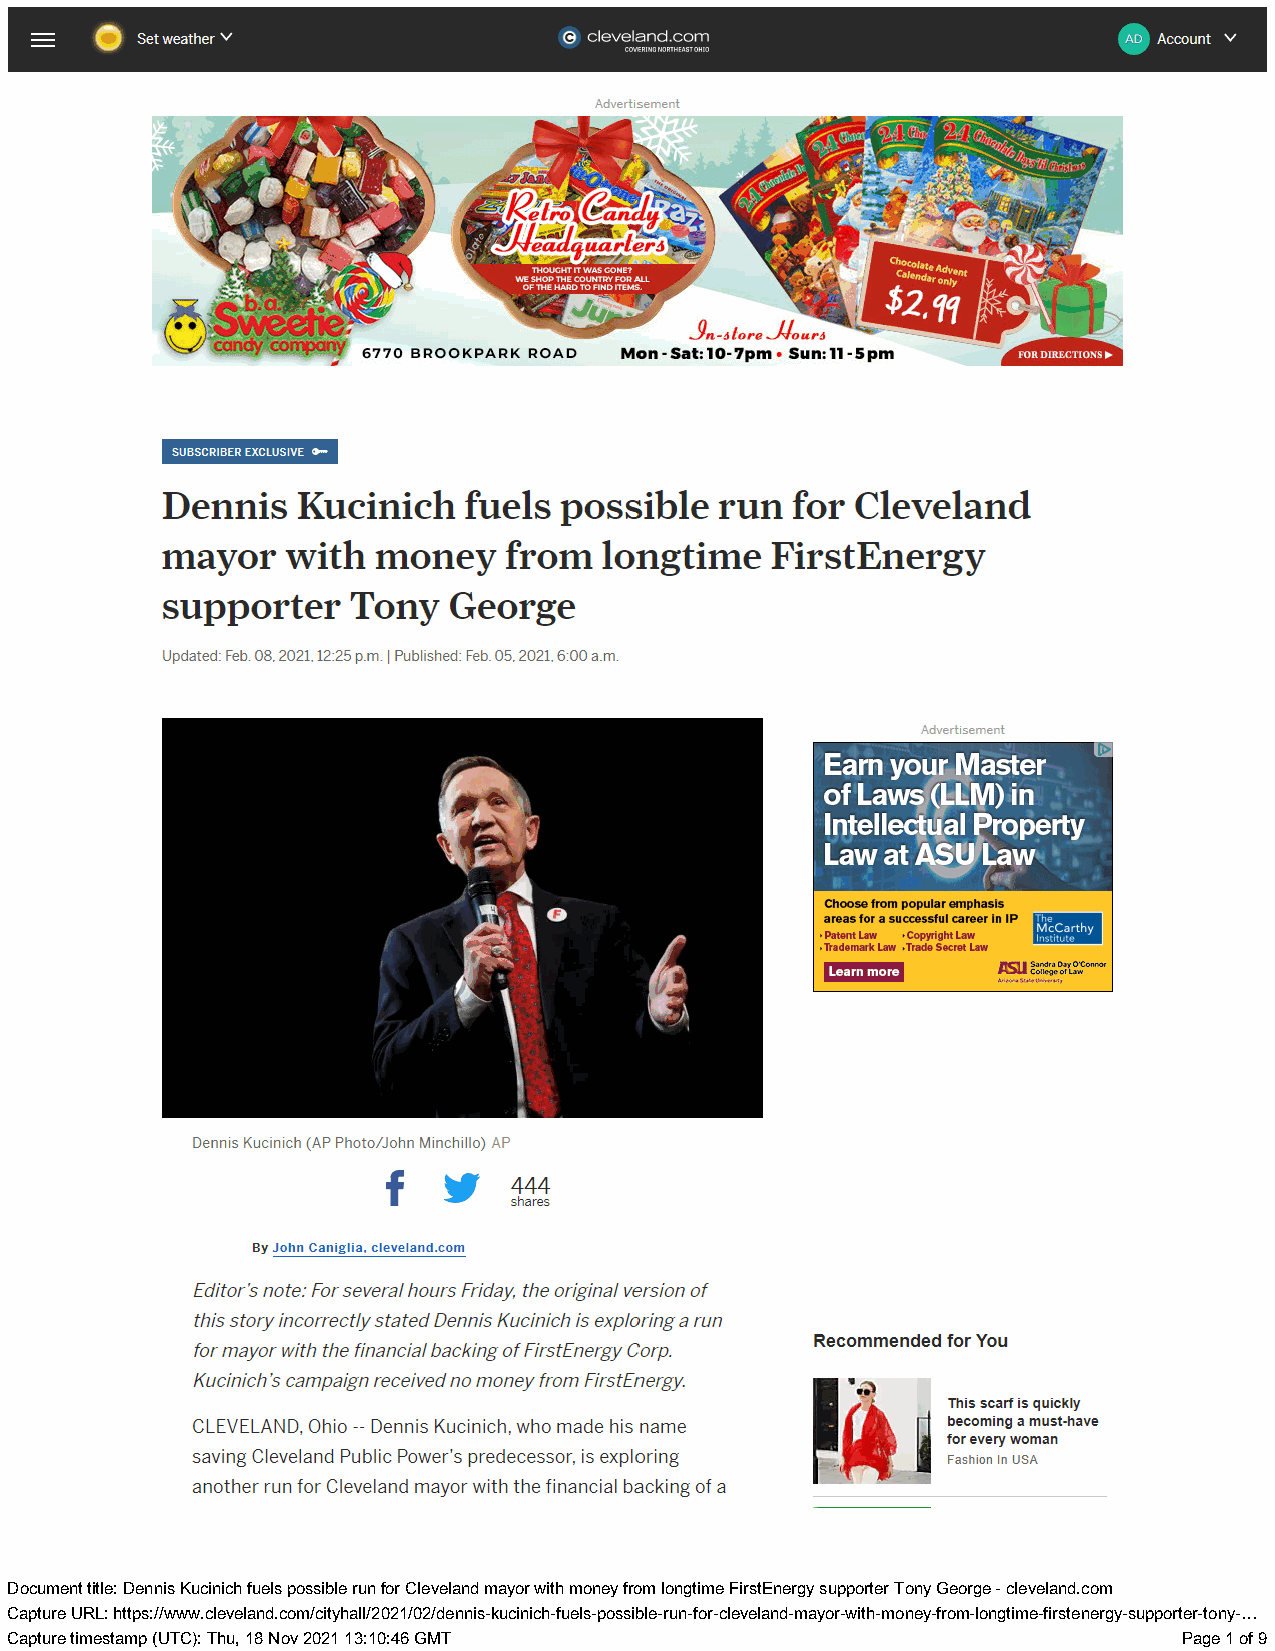
(CIN [S
 COVE
 V RINg Gl o NE ORTK He El ASo Tl a Og H]
 IO
 AD) Account V
 a  A.  Tal
 cailgarlors mS /
 OS alore Shur:
 6770 BROOKPARK ROAD Mon-Sat: 10-7pm + Sun: 11-5pm FOR DIRECTIONSp -
 SUBSCRIBER EXCLUSIVE o~
 Dennis   Kucinich   fuels possible   run for  Cleveland
 mayor   with  money    from  longtime   FirstEnergy
 supporter   Tony   George
 Updated: Feb. 08, 2021.12:25 p.m. | Published: Feb. 05, 2021. 6:00 a.m.
 Earn yo
 fo} ff IF: \
 erioqal
 Choose from popular emphasis
 areas for a successful career in IP
 » Patent Law +»Copyright Law
 »Trademark Law Trade Secret Law
 Learn more Basu CSaondlral eDoafgy eLOa 'wC onnor
 sr St Gooreenty
 Dennis Kucinich (AP Photo/John Minchillo) AF
 f  Ww   4
 By J ohn Caniglia, cleveland.com
 Editor's note: For several hours Friday, the original version of
 this story incorrectly stated Dennis Kucinich is exploring a run
 for mayor with the financial backing of FirstEnergy Corp. Recommencdad jor You
 Kucinich's campaign received no money from FirstEnergy.
 This scarf is quickly
 CLEVELAND, Ohio -- Dennis Kucinich, who made his name becoming a must-have
 for every woman
 saving Cleveland Public Power's predecessor, is exploring
 Fashion In USA
 another run for Cleveland mayor with the financial backing of a
 DDooccuummenetn t ttiittllee: : DDeennninsis KKuuccininicichh ffuueelsls ppoossssibiblele rruunn ffoorr CClleevveellaanndd mmaayyoro r wwitithh mmoonneey y ffrroomm lloonnggttiimmee FFiirrssttEEnneerrggyy ssuupppporotreter r TToonnyy GGeeoorrggee -- cclleevveellaanndd..ccoomm
 CCaapptuturere UURRL:L : hhttttppss::///w/wwwww..cclleevveellaanndd..ccoomm/c/ictityyhhaallll//22002211//0022//ddeennninsis-k-kuucicninicichh--ffuueellss--ppoossssiibbllee--rruunn--ffoorr--cclleevveellaanndd--mmaayyoro-rw-witithh--mmonoenye-fyr-ofrmo-mlo-nlogtnigmteim-fe i-rfsirtse tneenregryg-ysu-spupoprptoerrt-etro-ntoyn-.y.-.…
 CCaapptuturere ttiimmeessttaammpp ((UUTTCC):) : TThhu,u , 1188 NNoovv 2200221 1 1133::1100::4466 GGMMTT PPaaggee 11 ooff 99